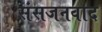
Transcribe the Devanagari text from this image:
संसजनवाद